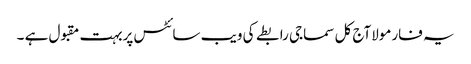
یہ فارمولاآج کل سماجی رابطے کی ویب سائٹس پربہت مقبول ہے ۔